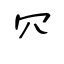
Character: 㓁